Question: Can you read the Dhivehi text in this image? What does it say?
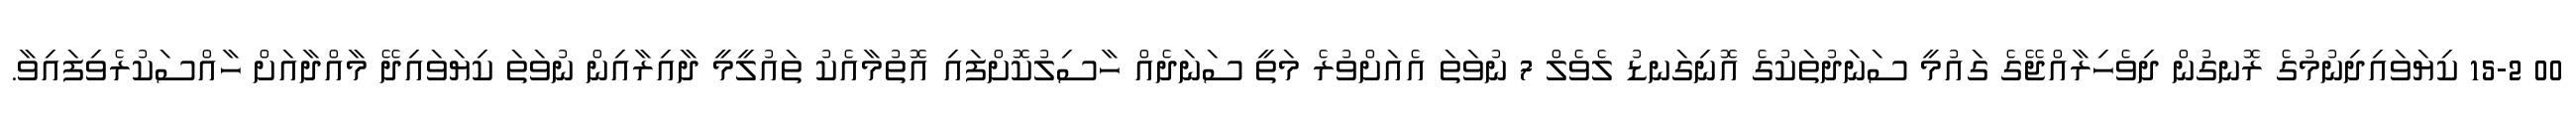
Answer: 00 15-2 ކިޔަވައިދިނުމުގެ ރޮނގުން ދިވެހިރާއްޖޭގެ ގައުމީ ސަނަދުތަކުގެ އޮނިގަނޑު ލެވެލް 7 ނުވަތަ އެއަށްވުރެ މަތީ ސަނަދެއް ހާސިލުކޮށްފައި އޮތުމާއެކު ތައުލީމީ ދާއިރާއިން ނުވަތަ ކިޔަވައިދޭ މާއްދާއަށް ހާއްސަކުރެވިފައިވާ.